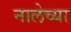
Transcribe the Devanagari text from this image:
नालेच्या